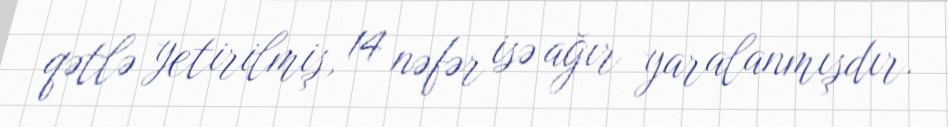
qətlə yetirilmiş, 14 nəfər isə ağır yaralanmışdır.